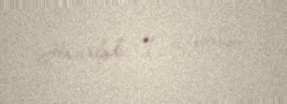
Hazırladı: İ. Qabiloğlu